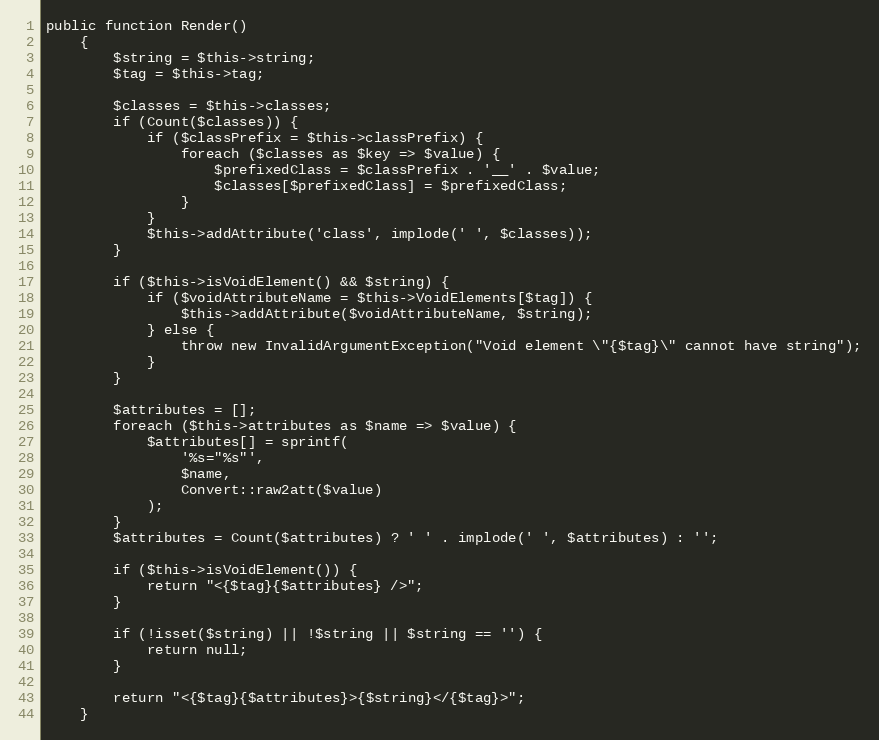
Language: PHP
public function Render()
    {
        $string = $this->string;
        $tag = $this->tag;

        $classes = $this->classes;
        if (Count($classes)) {
            if ($classPrefix = $this->classPrefix) {
                foreach ($classes as $key => $value) {
                    $prefixedClass = $classPrefix . '__' . $value;
                    $classes[$prefixedClass] = $prefixedClass;
                }
            }
            $this->addAttribute('class', implode(' ', $classes));
        }

        if ($this->isVoidElement() && $string) {
            if ($voidAttributeName = $this->VoidElements[$tag]) {
                $this->addAttribute($voidAttributeName, $string);
            } else {
                throw new InvalidArgumentException("Void element \"{$tag}\" cannot have string");
            }
        }

        $attributes = [];
        foreach ($this->attributes as $name => $value) {
            $attributes[] = sprintf(
                '%s="%s"',
                $name,
                Convert::raw2att($value)
            );
        }
        $attributes = Count($attributes) ? ' ' . implode(' ', $attributes) : '';

        if ($this->isVoidElement()) {
            return "<{$tag}{$attributes} />";
        }

        if (!isset($string) || !$string || $string == '') {
            return null;
        }

        return "<{$tag}{$attributes}>{$string}</{$tag}>";
    }